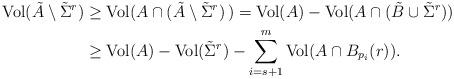
LaTeX: \begin{align*} {\rm Vol}(\tilde A\setminus {\tilde \Sigma}^{r}) & \geq{\rm Vol}(A \cap (\tilde A\setminus {\tilde\Sigma}^{r})\,) = {\rm Vol}(A) - {\rm Vol}(A\cap (\tilde B \cup {\tilde \Sigma}^{r})) \\& \geq {\rm Vol}(A) - {\rm Vol}({\tilde \Sigma}^{r}) - \sum_{i=s+1}^m {\rm Vol}(A\cap B_{p_i}(r)). \\\end{align*}